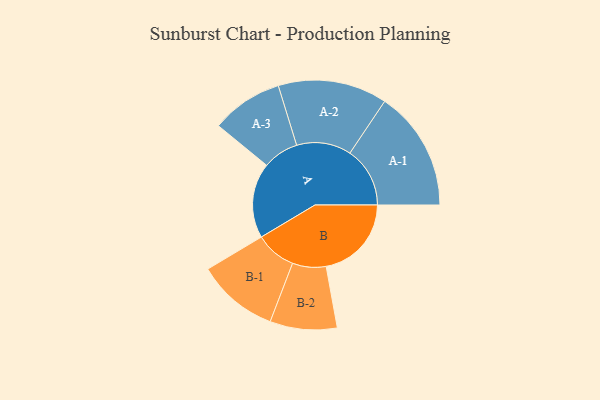
{"axis": {"x": "Segment", "y": "Value"}, "legend": ["", "A", "B"], "data": [{"x": "A", "y": 289, "type": ""}, {"x": "B", "y": 328, "type": ""}, {"x": "A-1", "y": 231, "type": "A"}, {"x": "A-2", "y": 210, "type": "A"}, {"x": "A-3", "y": 138, "type": "A"}, {"x": "B-1", "y": 157, "type": "B"}, {"x": "B-2", "y": 129, "type": "B"}]}